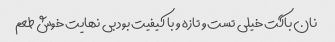
نان باگت خیلی تست و تازه و با کیفیت بود بی نهایت خوش طعم